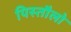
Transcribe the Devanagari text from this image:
पिस्तौलो